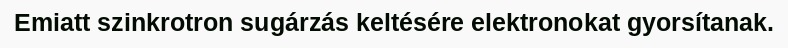
Emiatt szinkrotron sugárzás keltésére elektronokat gyorsítanak.